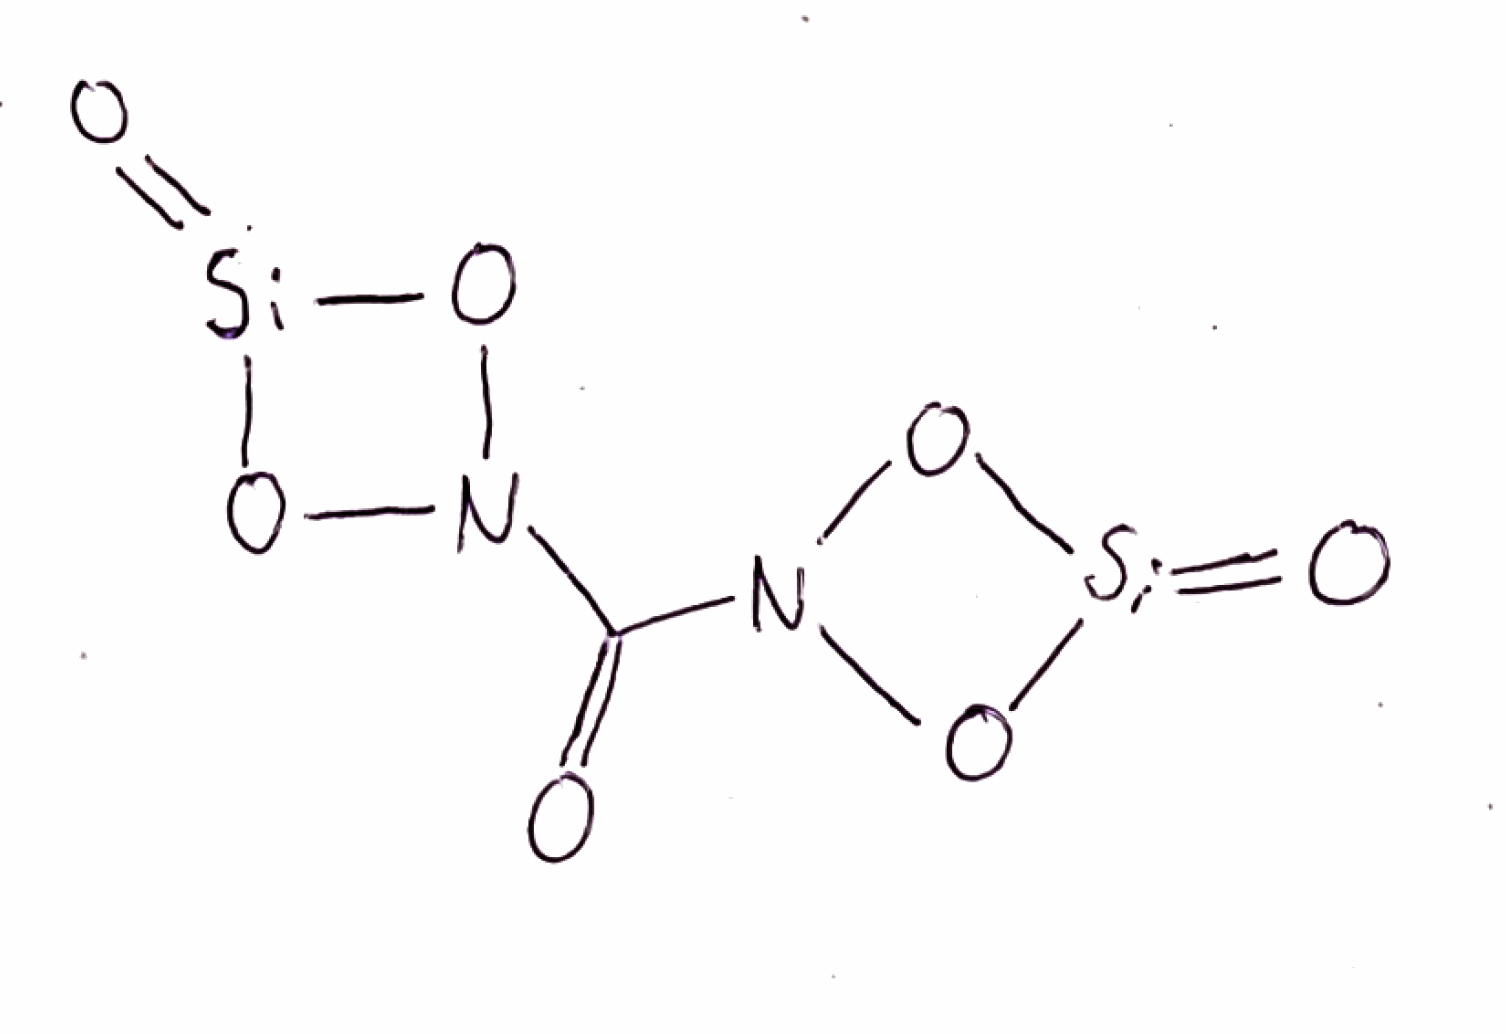
Simplified molecular-input line-entry system (SMILES) notation of the given molecule:
C(=O)(N1O[Si](=O)O1)N2O[Si](=O)O2